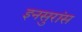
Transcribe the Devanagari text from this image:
इनसुरांस